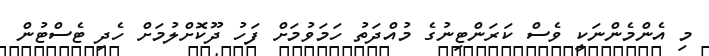
މި އެންމެންނަކީ ވެސް ކަރަންޓިނުގެ މުއްދަތު ހަމަވުމަށް ފަހު ދޫކޮށްލުމަށް ހެދި ޓެސްޓުން